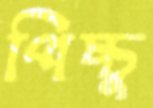
পিচ্চু